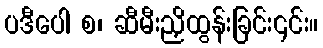
ပဒီပေါ စ၊ ဆီမီးညှိထွန်းခြင်း၎င်း။